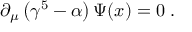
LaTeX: \partial _ { \mu } \left( \gamma ^ { 5 } - \alpha \right) \Psi ( x ) = 0 \; .